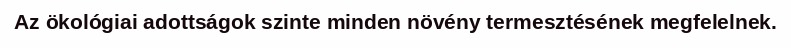
Az ökológiai adottságok szinte minden növény termesztésének megfelelnek.